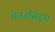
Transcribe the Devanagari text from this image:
मेलनसिट्स